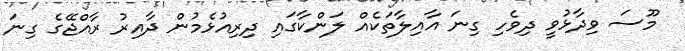
މޫސަ ވިދާޅުވީ ދިވެހި ގިނަ އާއިލާތަކެއް ލަންކާގައި ދިރިއުޅެމުން ދާއިރު ރާއްޖޭގެ ގިނަ